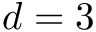
d = 3